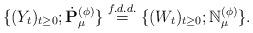
LaTeX: \begin{align*} \{(Y_t)_{t\geq 0}; \dot{\mathbf P}^{(\phi)}_\mu\} \overset{f.d.d.}{=} \{(W_t)_{t\geq 0}; \mathbb N_\mu^{(\phi)}\}. \end{align*}